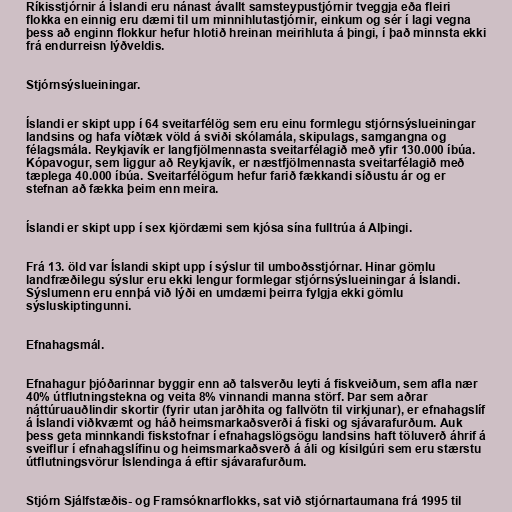
Ríkisstjórnir á Íslandi eru nánast ávallt samsteypustjórnir tveggja eða fleiri
flokka en einnig eru dæmi til um minnihlutastjórnir, einkum og sér í lagi vegna
þess að enginn flokkur hefur hlotið hreinan meirihluta á þingi, í það minnsta ekki
frá endurreisn lýðveldis.

Stjórnsýslueiningar.

Íslandi er skipt upp í 64 sveitarfélög sem eru einu formlegu stjórnsýslueiningar
landsins og hafa víðtæk völd á sviði skólamála, skipulags, samgangna og
félagsmála. Reykjavík er langfjölmennasta sveitarfélagið með yfir 130.000 íbúa.
Kópavogur, sem liggur að Reykjavík, er næstfjölmennasta sveitarfélagið með
tæplega 40.000 íbúa. Sveitarfélögum hefur farið fækkandi síðustu ár og er
stefnan að fækka þeim enn meira.

Íslandi er skipt upp í sex kjördæmi sem kjósa sína fulltrúa á Alþingi.

Frá 13. öld var Íslandi skipt upp í sýslur til umboðsstjórnar. Hinar gömlu
landfræðilegu sýslur eru ekki lengur formlegar stjórnsýslueiningar á Íslandi.
Sýslumenn eru ennþá við lýði en umdæmi þeirra fylgja ekki gömlu
sýsluskiptingunni.

Efnahagsmál.

Efnahagur þjóðarinnar byggir enn að talsverðu leyti á fiskveiðum, sem afla nær
40% útflutningstekna og veita 8% vinnandi manna störf. Þar sem aðrar
náttúruauðlindir skortir (fyrir utan jarðhita og fallvötn til virkjunar), er efnahagslíf
á Íslandi viðkvæmt og háð heimsmarkaðsverði á fiski og sjávarafurðum. Auk
þess geta minnkandi fiskstofnar í efnahagslögsögu landsins haft töluverð áhrif á
sveiflur í efnahagslífinu og heimsmarkaðsverð á áli og kísilgúri sem eru stærstu
útflutningsvörur Íslendinga á eftir sjávarafurðum.

Stjórn Sjálfstæðis- og Framsóknarflokks, sat við stjórnartaumana frá 1995 til